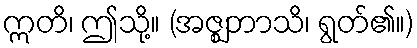
ဣတိ၊ ဤသို့။ (အဇ္ဈဘာသိ၊ ရွတ်၏။)